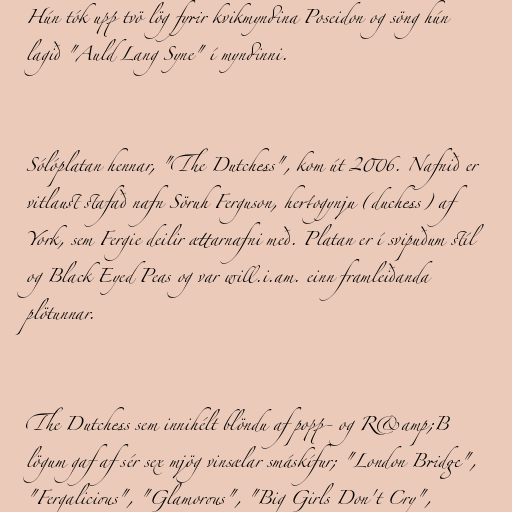
Hún tók upp tvö lög fyrir kvikmyndina Poseidon og söng hún
lagið "Auld Lang Syne" í myndinni.

Sólóplatan hennar, "The Dutchess", kom út 2006. Nafnið er
vitlaust stafað nafn Söruh Ferguson, hertogynju (duchess) af
York, sem Fergie deilir ættarnafni með. Platan er í svipuðum stíl
og Black Eyed Peas og var will.i.am. einn framleiðanda
plötunnar.

The Dutchess sem innihélt blöndu af popp- og R&amp;B
lögum gaf af sér sex mjög vinsælar smáskífur; "London Bridge",
"Fergalicious", "Glamorous", "Big Girls Don't Cry",